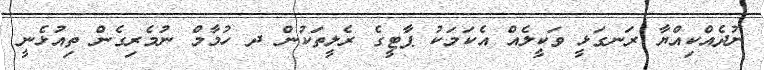
ނުދެއްކިއްޔާ ރަނގަޅީ ވަކީލެއް އެކަމަކު ޕާޓީގެ ރެލީތަކުން ދ ހުމާމް ނުމެރިގެން ތިއުޅެނީ